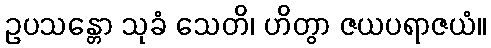
ဥပသန္တော သုခံ သေတိ၊ ဟိတွာ ဇယပရာဇယံ။